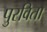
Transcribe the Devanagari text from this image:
पुरविता